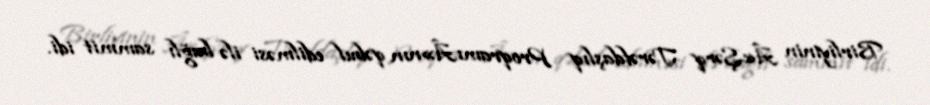
Birliyinin Â«Şərq Tərəfdaşlıq ProqramıÂ»nın qəbul edilməsi ilə bağlı sammit idi.